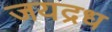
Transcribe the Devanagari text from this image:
जयद्रध